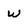
Character: w